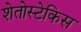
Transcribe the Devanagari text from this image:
शेतोस्टेकिस